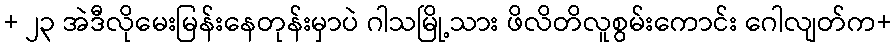
+ ၂၃ အဲဒီလိုမေးမြန်းနေတုန်းမှာပဲ ဂါသမြို့သား ဖိလိတိလူစွမ်းကောင်း ဂေါလျတ်က+